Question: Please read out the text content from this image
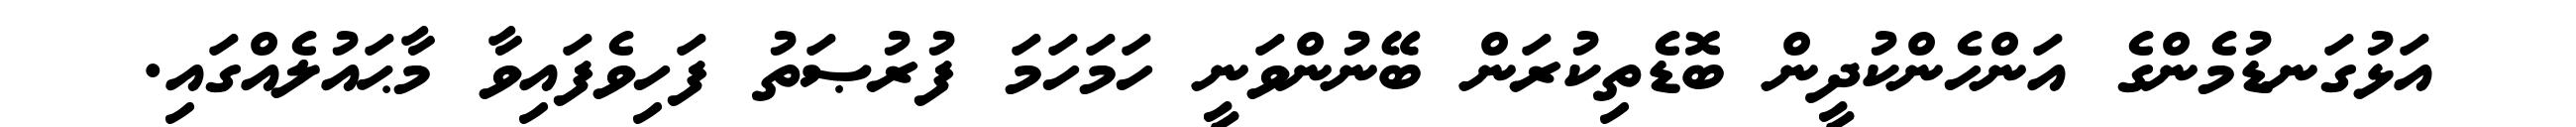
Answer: އަޅުގަނޑުމެންގެ އަންހެންކުދީން ބޮޑެތިކުރަން ބޭނުންވަނީ ހަމަހަމަ ފުރުޞަތު ފަހިވެފައިވާ މާޙައުލެއްގައި.